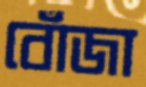
বোঁজা